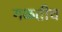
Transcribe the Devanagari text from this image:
गळतीच